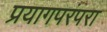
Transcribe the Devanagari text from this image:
प्रयागपरंपरा